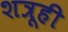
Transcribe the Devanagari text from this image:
शत्रूही